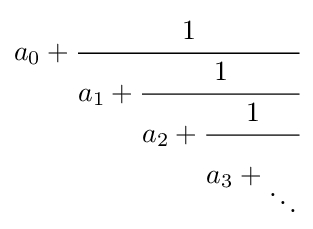
a_{0}+{\cfrac {1}{a_{1}+{\cfrac {1}{a_{2}+{\cfrac {1}{a_{3}+{\vphantom {\cfrac {1}{1}}}{_{\ddots }}}}}}}}